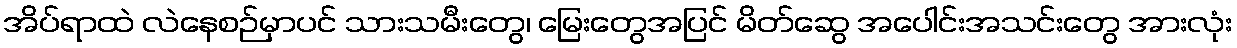
အိပ်ရာထဲ လဲနေစဉ်မှာပင် သားသမီးတွေ၊ မြေးတွေအပြင် မိတ်ဆွေ အပေါင်းအသင်းတွေ အားလုံး